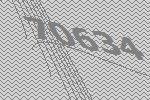
70634